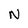
Character: N